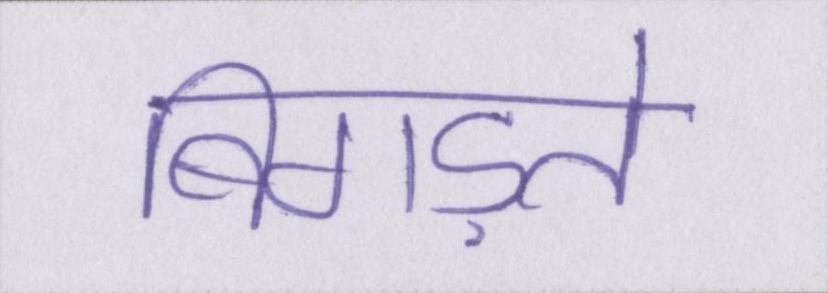
बिगड़ते